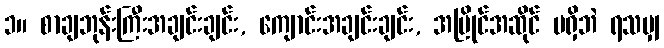
၁။ စာချဘုန်းကြီးအချင်းချင်း, ကျောင်းအချင်းချင်း, အပြိုင်အဆိုင် မရှိဘဲ ရသမျှ